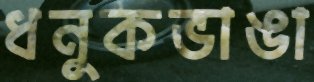
ধনুকভাঙা